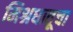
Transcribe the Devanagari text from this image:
मिश्रधातूचा